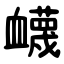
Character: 衊